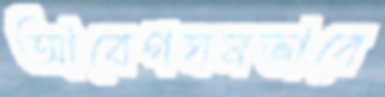
আবেগঘনভাবে